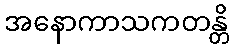
အနောကာသကတန္တိ